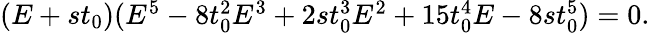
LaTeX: \begin{array}{r}{(E+st_{0})(E^{5}-8t_{0}^{2}E^{3}+2st_{0}^{3}E^{2}+15t_{0}^{4}E-8st_{0}^{5})=0.}\end{array}